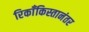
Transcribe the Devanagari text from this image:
रिकाँकिस्तानंतर